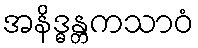
အနိဒ္ဓန္တကသာဝံ